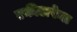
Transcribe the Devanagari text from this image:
एकीटाफेल